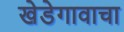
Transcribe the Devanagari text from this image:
खेडेगावाचा